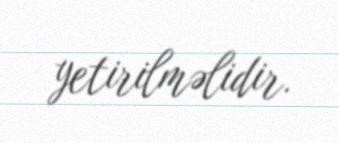
yetirilməlidir.